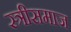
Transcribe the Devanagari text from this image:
स्त्रीसमाज